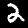
Digit: 2